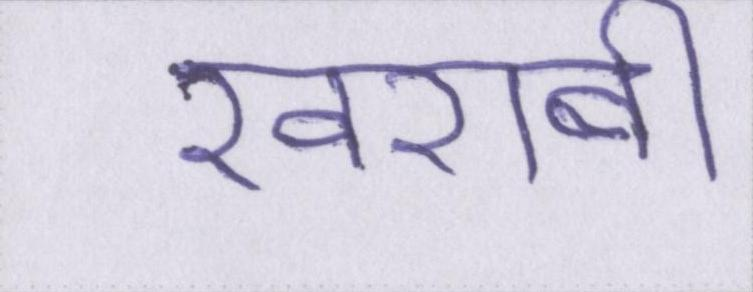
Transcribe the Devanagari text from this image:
खराबी